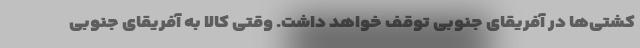
کشتی‌ها در آفریقای جنوبی توقف خواهد داشت. وقتی کالا به آفریقای جنوبی